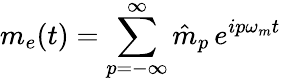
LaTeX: m_{e}(t)=\sum_{p=-\infty}^{\infty}\hat{m}_{p}\, e^{ip\omega_{m}t}